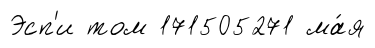
Эсп'и том 171505271 ма́я